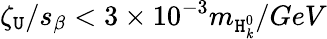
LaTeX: \zeta_{\mathtt{U}}/s_{\beta}<3\times10^{-3}m_{\mathtt{H}_{\mathit{k}}^{0}}/GeV